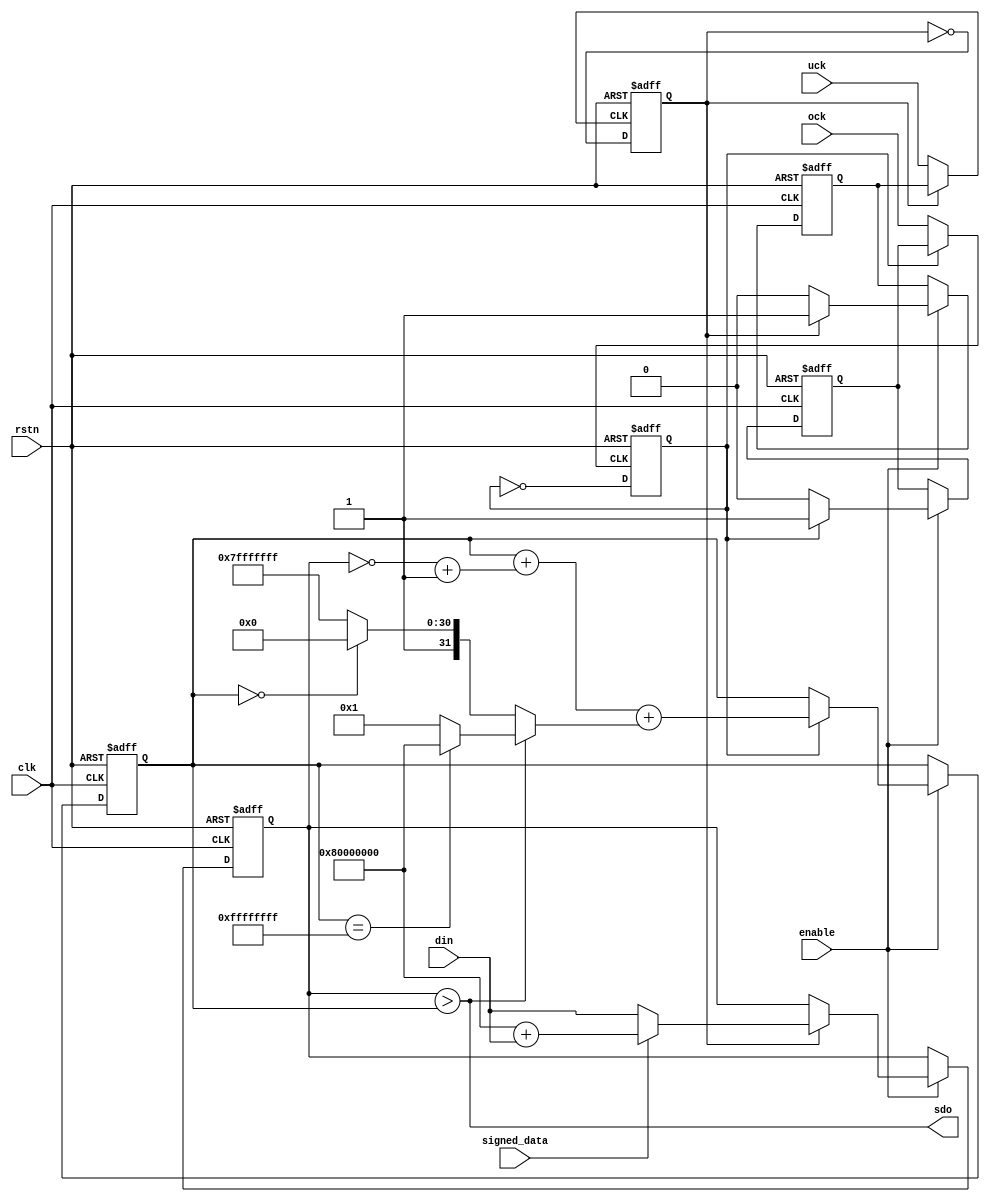
module dsm (
	output sdo, 
	input signed_data, 
	input [31:0] din, 
	input enable, ock, uck, 
	input rstn, clk
);

wire [31:0] unsigned_din = signed_data ? 32'h80000000 + din : din;

reg uck_full, uck_drain;
wire uck_ck = uck_full ? uck_drain : uck;
always@(negedge rstn or posedge uck_ck) begin
	if(!rstn) uck_full <= 1'b0;
	else uck_full <= ~uck_full;
end

reg [31:0] undersampled_din;
always@(negedge rstn or posedge clk) begin
	if(!rstn) begin
		undersampled_din <= 32'h80000000;
		uck_drain <= 1'b0;
	end
	else if(enable) begin
		if(uck_full) begin
			undersampled_din <= unsigned_din;
			uck_drain <= 1'b1;
		end
		else uck_drain <= 1'b0;
	end
end

reg ock_full, ock_drain;
wire ock_ck = ock_full ? ock_drain : ock;
always@(negedge rstn or posedge ock_ck) begin
	if(!rstn) ock_full <= 1'b0;
	else ock_full <= ~ock_full;
end

reg [31:0] sigma;
wire [31:0] delta = sdo ? 
	((sigma == 32'hffffffff) ? 32'h80000000 : 32'h00000001) : 
	((sigma == 32'h00000000) ? 32'h80000000 : 32'hffffffff);
always @(negedge rstn or posedge clk) begin
	if(!rstn) begin
		sigma <= 32'h80000000;
		ock_drain <= 1'b0;
	end
	else if(enable) begin
		if(ock_full) begin
			sigma <= sigma + (~undersampled_din + 32'h00000001) + delta;
			ock_drain <= 1'b1;
		end
		else ock_drain <= 1'b0;
	end
end
assign sdo = undersampled_din > sigma;

endmodule


module dsdm (
	input sdi, 
	input signed_data, 
	output [31:0] dout, 
	input enable, ock, uck, 
	input rstn, clk
);

reg ock_full, ock_drain;
wire ock_ck = ock_full ? ock_drain : ock;
always@(negedge rstn or posedge ock_ck) begin
	if(!rstn) ock_full <= 1'b0;
	else ock_full <= ~ock_full;
end

reg [31:0] sigma, sigma_d;
wire [31:0] delta = sdi ? 
	((sigma == 32'hffffffff) ? 32'h80000000 : 32'h00000001) : 
	((sigma == 32'h00000000) ? 32'h80000000 : 32'hffffffff);
always @(negedge rstn or posedge clk) begin
	if(!rstn) begin
		sigma <= 32'h80000000;
		ock_drain <= 1'b0;
	end
	else if(enable) begin
		if(ock_full) begin
			sigma <= sigma + delta;
			ock_drain <= 1'b1;
		end
		else ock_drain <= 1'b0;
	end
end

reg uck_full, uck_drain;
wire uck_ck = uck_full ? uck_drain : uck;
always@(negedge rstn or posedge uck_ck) begin
	if(!rstn) uck_full <= 1'b0;
	else uck_full <= ~uck_full;
end

reg [31:0] undersampled_sigma, deriv;
always@(negedge rstn or posedge clk) begin
	if(!rstn) begin
		undersampled_sigma <= 32'h80000000;
		deriv <= 32'h80000000;
		uck_drain <= 1'b0;
	end
	else if(enable) begin
		if(uck_full) begin
			undersampled_sigma <= sigma;
			deriv <= sigma - undersampled_sigma + 32'h80000000;
			uck_drain <= 1'b1;
		end
		else uck_drain <= 1'b0;
	end
end
assign dout = signed_data ? 32'h80000000 + deriv : deriv;

endmodule


module audio_dsm(
	output sdo, 
	input signed_data, 
	input [31:0] din_l, din_r, 
	input enable, bck, lrck, 
	input rstn, clk
);

wire ul_dsm_sdo;
dsm ul_dsm(
	.sdo(ul_dsm_sdo), 
	.signed_data(signed_data), 
	.din(din_l), 
	.enable(enable), .ock(~bck), .uck(~lrck), 
	.rstn(rstn), .clk(clk)
);

wire ur_dsm_sdo;
dsm ur_dsm(
	.sdo(ur_dsm_sdo), 
	.signed_data(signed_data), 
	.din(din_r), 
	.enable(enable), .ock(bck), .uck(lrck), 
	.rstn(rstn), .clk(clk)
);

assign sdo = bck ? ur_dsm_sdo : ul_dsm_sdo;

endmodule


module audio_dsdm (
	input sdi, 
	input signed_data, 
	output [31:0] dout_l, dout_r,  
	input enable, bck, lrck, 
	input rstn, clk
);

dsdm ul_dsdm(
	.sdi(sdi), 
	.signed_data(signed_data), 
	.dout(dout_l), 
	.enable(enable), .ock(~bck), .uck(~lrck), 
	.rstn(rstn), .clk(clk)
);

dsdm ur_dsdm(
	.sdi(sdi), 
	.signed_data(signed_data), 
	.dout(dout_r), 
	.enable(enable), .ock(bck), .uck(lrck), 
	.rstn(rstn), .clk(clk)
);

endmodule


module ir_dsm(
	output ack, 
	input req, 
	output sdo, 
	input [31:0] dsm_din_ir_tx_carrier_on, 
	input [159:0] frame, 
	input enable, ock, uck, 
	input rstn, clk
);

reg [31:0] u_dsm_din;
dsm u_dsm(
	.sdo(sdo), 
	.signed_data(1'b0), 
	.din(u_dsm_din), 
	.enable(enable), .ock(ock), .uck(uck), 
	.rstn(rstn), .clk(clk)
);

reg uck_full, uck_drain;
wire uck_ck = uck_full ? uck_drain : uck;
always@(negedge rstn or posedge uck_ck) begin
	if(!rstn) uck_full <= 1'b0;
	else uck_full <= ~uck_full;
end

reg req_full, req_drain;
wire req_ck = req_full ? req_drain : req;
always@(negedge rstn or posedge req_ck) begin
	if(!rstn) req_full <= 1'b0;
	else req_full <= ~req_full;
end

reg [7:0] frame_cnt;
assign ack = frame_cnt == 8'd0;

always@(negedge rstn or posedge clk) begin
	if(!rstn) begin
		u_dsm_din <= 32'h00000000;
		frame_cnt <= 8'd0;
		uck_drain <= 1'b0;
		req_drain <= 1'b0;
	end
	else if(enable) begin
		if(uck_full) begin
			u_dsm_din <= frame[frame_cnt] ? dsm_din_ir_tx_carrier_on : 32'h00000000;
			if(req_full) begin
				frame_cnt <= 8'd159;
				req_drain <= 1'b1;
			end
			else begin
				frame_cnt <= ack ? 8'd0 : frame_cnt - 8'd1;
				req_drain <= 1'b0;
			end
			uck_drain <= 1'b1;
		end
		else uck_drain <= 1'b0;
	end
end

endmodule


module ir_dsdm(
	input req_clear, 
	output ack, 
	input req, 
	input sdi, 
	input [31:0] dsdm_dout_ir_rx_carrier_off, 
	output reg [159:0] frame, 
	input enable, ock, uck, 
	input rstn, clk 
);

wire [31:0] u_dsdm_dout;
dsdm u_dsdm(
	.sdi(sdi), 
	.signed_data(1'b0), 
	.dout(u_dsdm_dout), 
	.enable(enable), .ock(ock), .uck(uck), 
	.rstn(rstn), .clk(clk)
);
wire ir_rx_carrier_on = u_dsdm_dout > dsdm_dout_ir_rx_carrier_off;

reg uck_full, uck_drain;
wire uck_ck = uck_full ? uck_drain : uck;
always@(negedge rstn or posedge uck_ck) begin
	if(!rstn) uck_full <= 1'b0;
	else uck_full <= ~uck_full;
end

reg req_full, req_drain;
wire req_ck = req_full ? req_drain : req;
always@(negedge rstn or posedge req_ck) begin
	if(!rstn) req_full <= 1'b0;
	else req_full <= ~req_full;
end

reg ir_rx_carrier_on_full, ir_rx_carrier_on_drain;
wire ir_rx_carrier_on_ck = ir_rx_carrier_on_full ? ir_rx_carrier_on_drain : ir_rx_carrier_on;
always@(negedge rstn or posedge ir_rx_carrier_on_ck) begin
	if(!rstn) ir_rx_carrier_on_full <= 1'b0;
	else ir_rx_carrier_on_full <= ~ir_rx_carrier_on_full;
end

reg [7:0] frame_cnt;
assign ack = frame_cnt == 8'd0;

always@(negedge rstn or posedge clk) begin
	if(!rstn) begin
		frame <= 160'd0;
		frame_cnt <= 8'd0;
		uck_drain <= 1'b0;
		req_drain <= 1'b0;
		ir_rx_carrier_on_drain <= 1'b0;
	end
	else if(enable) begin
		if(uck_full) begin
			frame[frame_cnt] <= ir_rx_carrier_on;
			if(req_full) begin
				frame <= 160'd0;
				frame_cnt <= 8'd159;
				if(ir_rx_carrier_on_full) begin
					req_drain <= 1'b1;
					ir_rx_carrier_on_drain <= 1'b1;
				end
				else req_drain <= req_clear;
			end
			else begin
				frame_cnt <= ack ? 8'd0 : frame_cnt - 8'd1;
				req_drain <= 1'b0;
				ir_rx_carrier_on_drain <= 1'b0;
			end
			uck_drain <= 1'b1;
		end
		else uck_drain <= 1'b0;
	end
end

endmodule


module dsck(
	output reg ock, uck, 
	input [31:0] div, 
	input enable, 
	input rstn, clk 
);

wire [23:0] odiv = div[23:0];
wire [7:0] udiv = div[31:24];
reg [23:0] ocnt;
reg [7:0] ucnt;

always@(negedge rstn or posedge clk) begin
	if(!rstn) begin
		ocnt <= 24'd0;
		ucnt <= 8'd0;
		ock <= 1'b0;
		uck <= 1'b0;
	end
	else if(enable) begin
		if(ocnt == 24'd0) begin
			ocnt <= odiv;
			ock <= ~ock;
			if(ucnt == 8'd0) begin
				ucnt <= udiv;
				uck <= ~uck;
			end 
			else ucnt <= ucnt - 8'd1;
		end
		else ocnt <= ocnt - 24'd1;
	end
end

endmodule


module cic5 (
	output [31:0] dout, 
	input [31:0] din, 
	input ock, uck, 
	input enable, 
	input rstn, clk 
);

reg ock_full, ock_drain;
wire ock_ck = ock_full ? ock_drain : ock;
always@(negedge rstn or posedge ock_ck) begin
	if(!rstn) ock_full <= 1'b0;
	else ock_full <= ~ock_full;
end

reg uck_full, uck_drain;
wire uck_ck = uck_full ? uck_drain : uck;
always@(negedge rstn or posedge uck_ck) begin
	if(!rstn) uck_full <= 1'b0;
	else uck_full <= ~uck_full;
end

reg [31:0] i1,i2,i3,i4,i5;
wire [31:0] a1 = din + i1;
wire [31:0] a2 = a1 + i2;
wire [31:0] a3 = a2 + i3;
wire [31:0] a4 = a3 + i4;
wire [31:0] a5 = a4 + i5;
reg [31:0] c1,c2,c3,c4,c5;
wire [31:0] s1 = a4 - c1;
wire [31:0] s2 = s1 - c2;
wire [31:0] s3 = s2 - c3;
wire [31:0] s4 = s3 - c4;
wire [31:0] s5 = s4 - c5;

always@(negedge rstn or posedge clk) begin
	if(!rstn) begin
		i1 <= 32'd0;
		i2 <= 32'd0;
		i3 <= 32'd0;
		i4 <= 32'd0;
		i5 <= 32'd0;
		c1 <= 32'd0;
		c2 <= 32'd0;
		c3 <= 32'd0;
		c4 <= 32'd0;
		c5 <= 32'd0;
		ock_drain <= 1'b0;
		uck_drain <= 1'b0;
	end
	else if(enable) begin
		if(ock_full) begin
			i1 <= a1;
			i2 <= a2;
			i3 <= a3;
			i4 <= a4;
			i5 <= a5;
			ock_drain <= 1'b1;
		end
		else ock_drain <= 1'b0;
		if(uck_full) begin
			c1 <= a4;
			c2 <= s1;
			c3 <= s2;
			c4 <= s3;
			c5 <= s4;
			uck_drain <= 1'b1;
		end
		else uck_drain <= 1'b0;
	end
end
assign dout = s5;

endmodule


module dsmdm(
	input dsmdm_din_dma_ack, dsmdm_dout_dma_ack,
	output dsmdm_din_dma_req, dsmdm_dout_dma_req, 
	output [1:0] sdo, 
	input [1:0] sdi, 
	input we, sel, 
	output [31:0] rdata, 
	input [31:0] wdata, addr, 
	input rstn, clk 
);

reg u0_dsck_enable, u1_dsck_enable;
reg [31:0] u0_dsck_div, u1_dsck_div;
wire u0_dsck_ock, u1_dsck_ock;
wire u0_dsck_uck, u1_dsck_uck;

dsck u0_dsck(
	.ock(u0_dsck_ock),.uck(u0_dsck_uck),
	.div(u0_dsck_div),
	.enable(u0_dsck_enable),
	.rstn(rstn),.clk(clk)
);

dsck u1_dsck(
	.ock(u1_dsck_ock),.uck(u1_dsck_uck),
	.div(u1_dsck_div),
	.enable(u1_dsck_enable),
	.rstn(rstn),.clk(clk)
);

reg u0_dsm_signed_data, u1_dsm_signed_data;
reg [31:0] u0_dsm_din, u1_dsm_din;
reg u0_dsm_enable, u1_dsm_enable;
reg u0_dsm_ock_edge, u1_dsm_ock_edge;
reg u0_dsm_uck_edge, u1_dsm_uck_edge;
wire u0_dsm_ock = u0_dsm_ock_edge ? u0_dsck_ock : ~u0_dsck_ock;
wire u1_dsm_ock = u1_dsm_ock_edge ? u1_dsck_ock : ~u1_dsck_ock;
wire u0_dsm_uck = u0_dsm_uck_edge ? u0_dsck_uck : ~u0_dsck_uck;
wire u1_dsm_uck = u1_dsm_uck_edge ? u1_dsck_uck : ~u1_dsck_uck;

dsm u0_dsm(
	.sdo(sdo[0]), 
	.signed_data(u0_dsm_signed_data), 
	.din(u0_dsm_din), 
	.enable(u0_dsm_enable), .ock(u0_dsm_ock), .uck(u0_dsm_uck), 
	.rstn(rstn), .clk(clk)
);

dsm u1_dsm(
	.sdo(sdo[1]), 
	.signed_data(u1_dsm_signed_data), 
	.din(u1_dsm_din), 
	.enable(u1_dsm_enable), .ock(u1_dsm_ock), .uck(u1_dsm_uck), 
	.rstn(rstn), .clk(clk)
);

reg sel_cic;
reg u0_dsdm_signed_data, u1_dsdm_signed_data;
wire [31:0] u0_dsdm_dout, u1_dsdm_dout;
reg u0_dsdm_enable, u1_dsdm_enable;
reg u0_dsdm_ock_edge, u1_dsdm_ock_edge;
reg u0_dsdm_uck_edge, u1_dsdm_uck_edge;
wire u0_dsdm_ock = u0_dsdm_ock_edge ? u0_dsck_ock : ~u0_dsck_ock;
wire u1_dsdm_ock = u1_dsdm_ock_edge ? u1_dsck_ock : ~u1_dsck_ock;
wire u0_dsdm_uck = u0_dsdm_uck_edge ? u0_dsck_uck : ~u0_dsck_uck;
wire u1_dsdm_uck = u1_dsdm_uck_edge ? u1_dsck_uck : ~u1_dsck_uck;

dsdm u0_dsdm(
	.sdi(sdi[0]), 
	.signed_data(u0_dsdm_signed_data), 
	.dout(u0_dsdm_dout), 
	.enable(~sel_cic&&u0_dsdm_enable), .ock(u0_dsdm_ock), .uck(u0_dsdm_uck), 
	.rstn(rstn), .clk(clk)
);

dsdm u1_dsdm(
	.sdi(sdi[1]), 
	.signed_data(u1_dsdm_signed_data), 
	.dout(u1_dsdm_dout), 
	.enable(~sel_cic&&u1_dsdm_enable), .ock(u1_dsdm_ock), .uck(u1_dsdm_uck), 
	.rstn(rstn), .clk(clk)
);

wire [31:0] u0_cic_dout, u1_cic_dout;

cic5 u0_cic(
	.dout(u0_cic_dout), 
	.din({31'd0,sdi[0]}), 
	.ock(u0_dsdm_ock), .uck(u0_dsdm_uck), 
	.enable(sel_cic&&u0_dsdm_enable), 
	.rstn(rstn), .clk(clk) 
);

cic5 u1_cic(
	.dout(u1_cic_dout), 
	.din({31'd0,sdi[1]}), 
	.ock(u1_dsdm_ock), .uck(u1_dsdm_uck), 
	.enable(sel_cic&&u1_dsdm_enable), 
	.rstn(rstn), .clk(clk) 
);

reg din_dma_mode, dout_dma_mode;

reg u0_dsm_uck_full, u0_dsm_uck_drain;
wire u0_dsm_uck_ck = u0_dsm_uck_full ? (din_dma_mode ? dsmdm_din_dma_ack : u0_dsm_uck_drain) : u0_dsm_uck;
always@(negedge rstn or posedge u0_dsm_uck_ck) begin
	if(!rstn) u0_dsm_uck_full <= 1'b0;
	else u0_dsm_uck_full <= ~u0_dsm_uck_full;
end
assign dsmdm_din_dma_req = din_dma_mode && u0_dsm_uck_full;

reg u1_dsdm_uck_full, u1_dsdm_uck_drain;
wire u1_dsdm_uck_ck = u1_dsdm_uck_full ? (dout_dma_mode ? dsmdm_dout_dma_ack : u1_dsdm_uck_drain) : u1_dsdm_uck;
always@(negedge rstn or posedge u1_dsdm_uck_ck) begin
	if(!rstn) u1_dsdm_uck_full <= 1'b0;
	else u1_dsdm_uck_full <= ~u1_dsdm_uck_full;
end
assign dsmdm_dout_dma_req = dout_dma_mode && u1_dsdm_uck_full;

wire sel_ctrl	= sel && (addr == 32'h00000000);
wire sel_div0	= sel && (addr == 32'h00000001);
wire sel_div1	= sel && (addr == 32'h00000002);
wire sel_din0	= sel && (addr == 32'h00000003);
wire sel_din1	= sel && (addr == 32'h00000004);
wire sel_dout0	= sel && (addr == 32'h00000005);
wire sel_dout1	= sel && (addr == 32'h00000006);
always@(negedge rstn or posedge clk) begin
	if(!rstn) begin
		sel_cic <= 1'b0;
		din_dma_mode <= 1'b0; dout_dma_mode <= 1'b0;
		u0_dsck_enable <= 1'b0; u1_dsck_enable <= 1'b0;
		u0_dsck_div <= 32'h00000000; u1_dsck_div <= 32'h00000000;
		u0_dsm_uck_drain <= 1'b0;
		u1_dsdm_uck_drain <= 1'b0;
		u0_dsm_signed_data <= 1'b1; u1_dsm_signed_data <= 1'b1;
		u0_dsm_din <= 32'h00000000; u1_dsm_din <= 32'h00000000;
		u0_dsm_enable <= 1'b0; u1_dsm_enable <= 1'b0;
		u0_dsm_ock_edge <= 1'b0; u1_dsm_ock_edge <= 1'b0;
		u0_dsm_uck_edge <= 1'b0; u1_dsm_uck_edge <= 1'b0;
		u0_dsdm_signed_data <= 1'b1; u1_dsdm_signed_data <= 1'b1;
		u0_dsdm_enable <= 1'b0; u1_dsdm_enable <= 1'b0;
		u0_dsdm_ock_edge <= 1'b0; u1_dsdm_ock_edge <= 1'b0;
		u0_dsdm_uck_edge <= 1'b0; u1_dsdm_uck_edge <= 1'b0;
	end
	else if(we) begin
		if(sel_ctrl) 
			{
			sel_cic,
			din_dma_mode,dout_dma_mode,
			u0_dsck_enable,u1_dsck_enable,
			u0_dsm_uck_drain,
			u1_dsdm_uck_drain,
			u0_dsm_signed_data,u1_dsm_signed_data,
			u0_dsm_enable,u1_dsm_enable,
			u0_dsm_ock_edge,u1_dsm_ock_edge,
			u0_dsm_uck_edge,u1_dsm_uck_edge,
			u0_dsdm_signed_data,u1_dsdm_signed_data,
			u0_dsdm_enable,u1_dsdm_enable,
			u0_dsdm_ock_edge,u1_dsdm_ock_edge,
			u0_dsdm_uck_edge,u1_dsdm_uck_edge
			} <= wdata[22:0];
		else begin
			u0_dsm_uck_drain <= 1'b0;
			u1_dsdm_uck_drain <= 1'b0;
			if(sel_div0) u0_dsck_div <= wdata;
			else if(sel_div1) u1_dsck_div <= wdata;
			else if(sel_din0) u0_dsm_din <= wdata;
			else if(sel_din1) u1_dsm_din <= wdata;
		end
	end
	else begin
		u0_dsm_uck_drain <= 1'b0;
		u1_dsdm_uck_drain <= 1'b0;
	end
end

assign rdata = 
	sel_ctrl ? {9'd0,
				sel_cic,
				din_dma_mode,dout_dma_mode,
				u0_dsck_enable,u1_dsck_enable,
				u0_dsm_uck_full,
				u1_dsdm_uck_full,
				u0_dsm_signed_data,u1_dsm_signed_data,
				u0_dsm_enable,u1_dsm_enable,
				u0_dsm_ock_edge,u1_dsm_ock_edge,
				u0_dsm_uck_edge,u1_dsm_uck_edge,
				u0_dsdm_signed_data,u1_dsdm_signed_data,
				u0_dsdm_enable,u1_dsdm_enable,
				u0_dsdm_ock_edge,u1_dsdm_ock_edge,
				u0_dsdm_uck_edge,u1_dsdm_uck_edge
				} : 
	sel_div0 ? u0_dsck_div : 
	sel_div1 ? u1_dsck_div : 
	sel_din0 ? u0_dsm_din : 
	sel_din1 ? u1_dsm_din : 
	sel_dout0 ? (sel_cic ? u0_cic_dout : u0_dsdm_dout) : 
	sel_dout1 ? (sel_cic ? u1_cic_dout : u1_dsdm_dout) : 
	32'h00000000;

endmodule